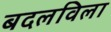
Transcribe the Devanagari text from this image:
बदलविला